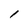
Character: 1